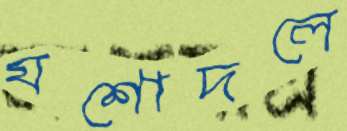
যশোদলে